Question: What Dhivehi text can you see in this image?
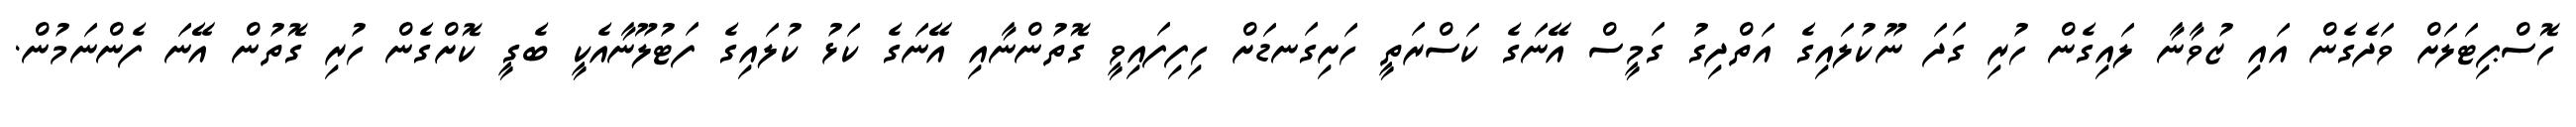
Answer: ހޮސްޕިޓަލަށް ވަދެގެން އައި ޒުވާނާ ލައިގެން ހުރި ގަދަ ނޫކުލައިގެ އަތްދިގު ގަމީސް އޭނަގެ ކަސްރަތީ ހަށިގަނޑަށް ހިފިފައިވީ ގޮތުންނާއި އޭނަގެ ކަޅު ކުލައިގެ ފަޓުލޫނާއެކީ ބެގީ ކޮށްގެން ހުރި ގޮތުން އޭނަ ފެންނަމުން.